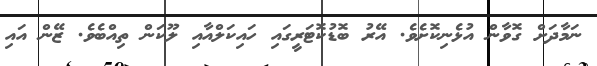
ނަމާދަށް ގޮވާން އުޅެނިކޮށެވެ. އޭރު ބޮޑުކޮޓަރީގައި ހައިކަލްއާއި ލޫކަން ތިއްބެވެ. ޒޭން އައި